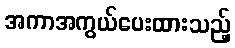
အကာအကွယ်ပေးထားသည့်